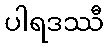
ပါရဒဿီ